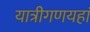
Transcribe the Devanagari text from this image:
यात्रीगणयहां